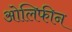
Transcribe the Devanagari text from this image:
ओलिफीन